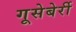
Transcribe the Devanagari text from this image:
गूसेबेर्री